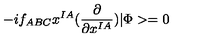
- i f _ { A B C } x ^ { I A } ( \frac { \partial } { \partial x ^ { I A } } ) | \Phi > = 0